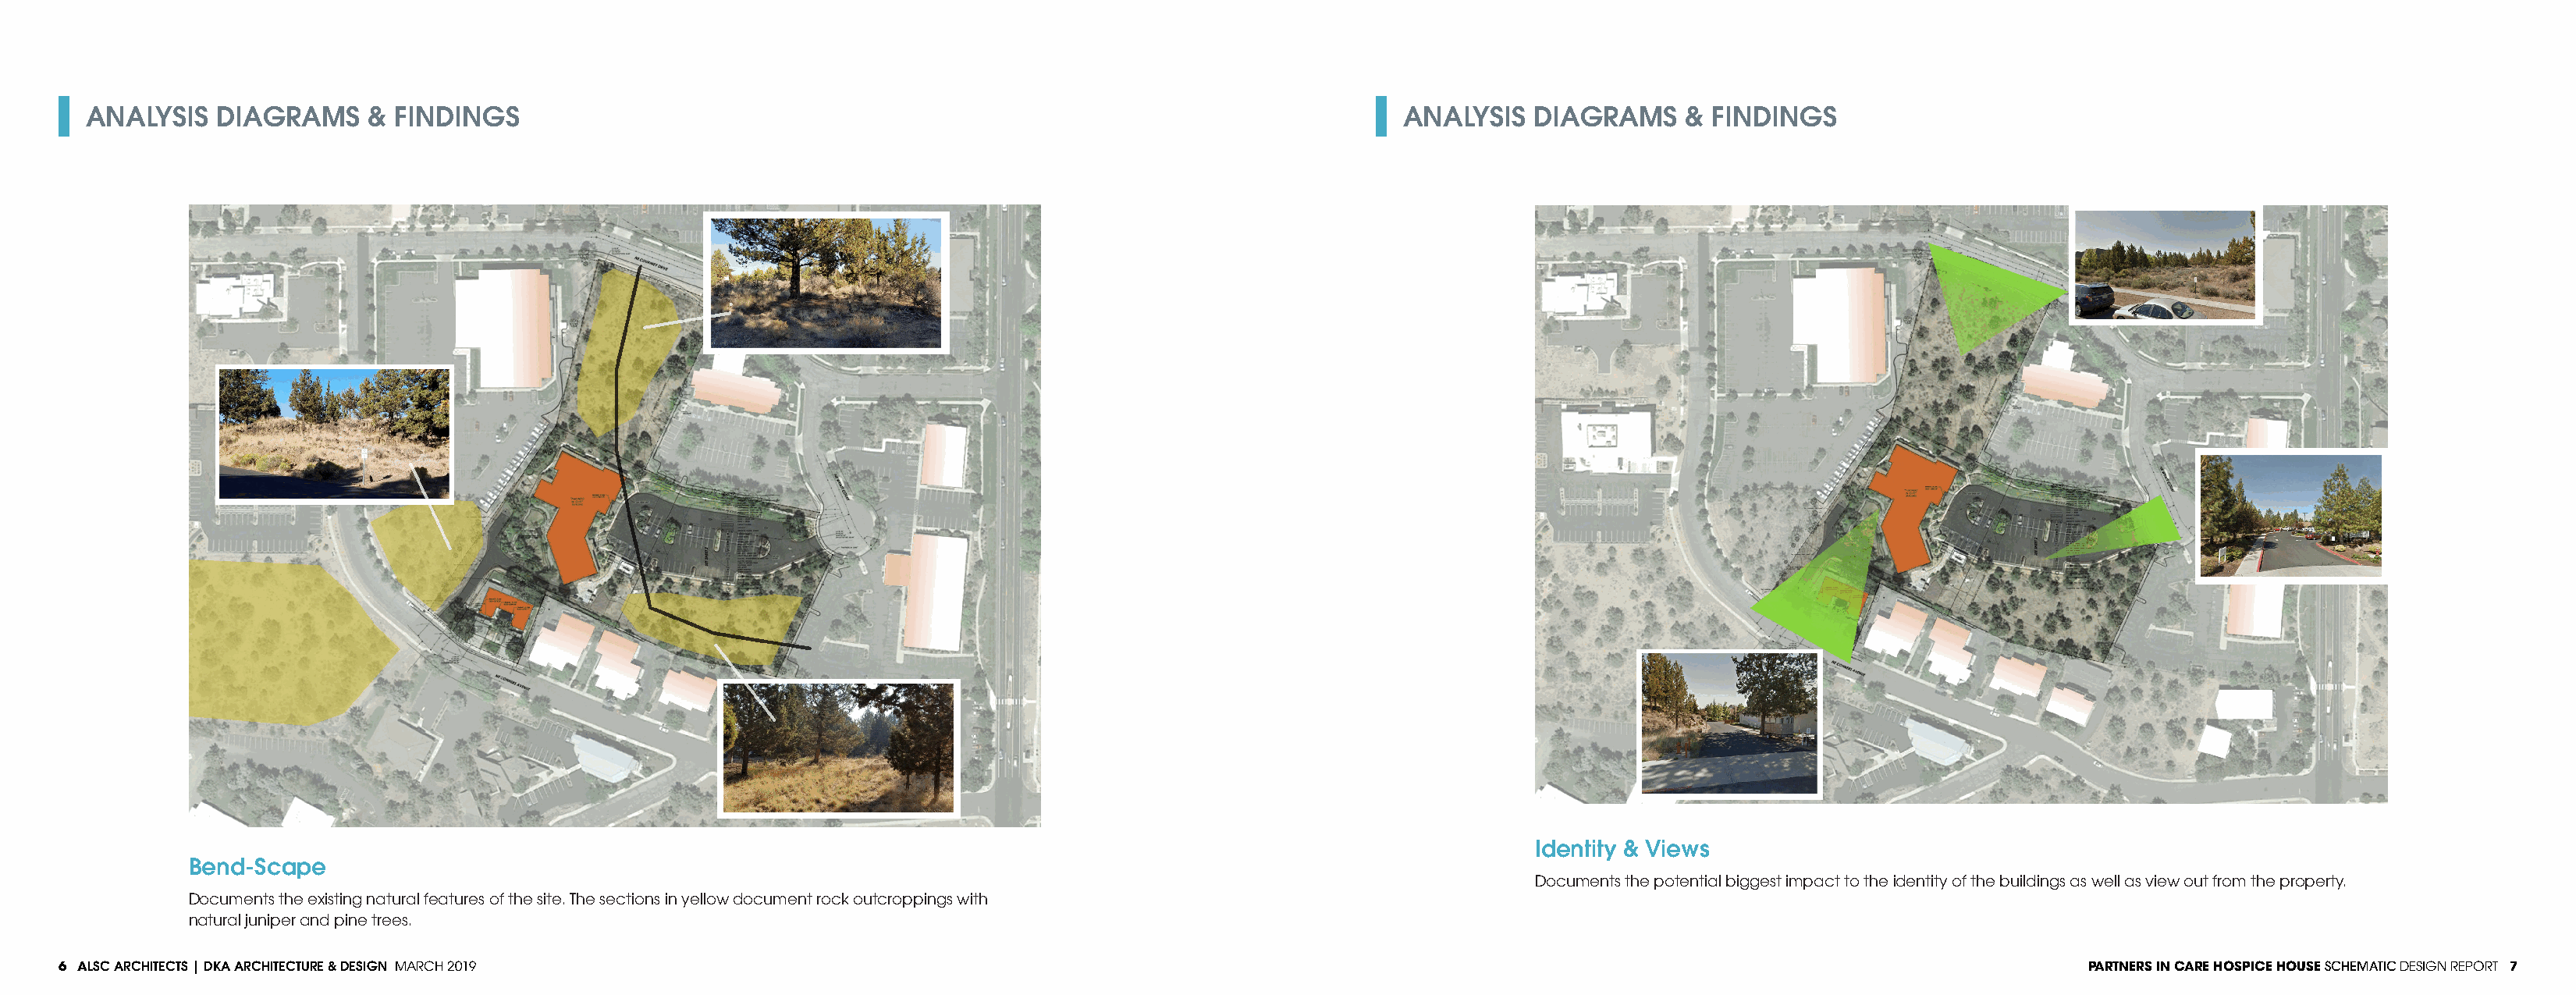
ANALYSIS   DIAGRAMS     & FINDINGS                                                                              ANALYSIS   DIAGRAMS     & FINDINGS
 SITE ANALYSIS  VIEWS  IN
 Identity & Views
 Bend-Scape
 Documents the potential biggest impact to the identity of the buildings as well as view out from the property.
 Documents the existing natural features of the site. The sections in yellow document rock outcroppings with
 natural juniper and pine trees.
 6 ALSC ARCHITECTS | DKA ARCHITECTURE & DESIGN MARCH 2019                                                                                                                    PARTNERS IN CARE HOSPICE HOUSE SCHEMATIC DESIGN REPORT 7